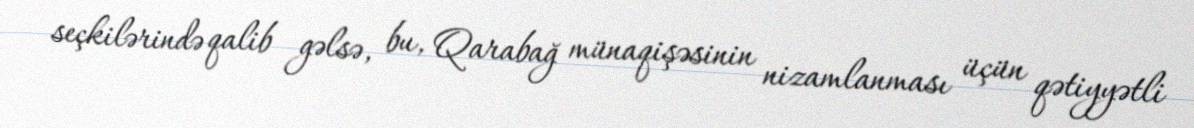
seçkilərində qalib gəlsə, bu, Qarabağ münaqişəsinin nizamlanması üçün qətiyyətli